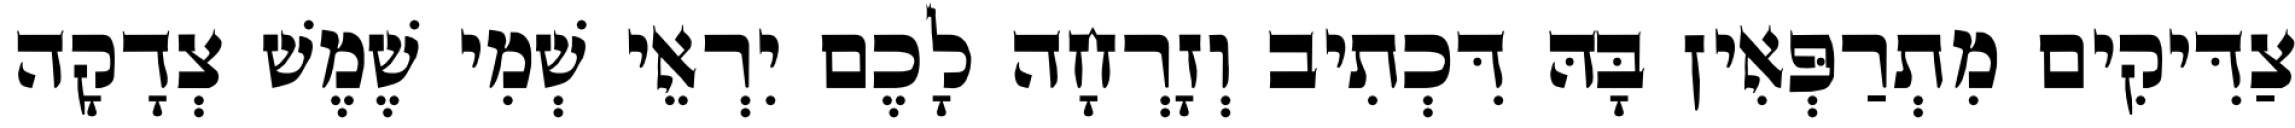
צַדִּיקִים מִתְרַפְּאִין בָּהּ דִּכְתִיב וְזָרְחָה לָכֶם יִרְאֵי שְׁמִי שֶׁמֶשׁ צְדָקָה